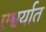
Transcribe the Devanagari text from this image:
एश्वर्यात